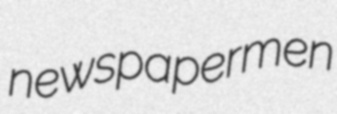
newspapermen